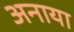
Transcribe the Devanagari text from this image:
अनाया